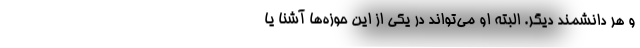
و هر دانشمند دیگر. البته او می‌تواند در یکی از این حوزه‌ها آشنا یا